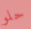
حلو